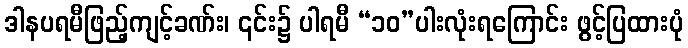
ဒါနပရမီဖြည့်ကျင့်ခဏ်း၊ ၎င်း၌ ပါရမီ “၁၀”ပါးလုံးရကြောင်း ဖွင့်ပြထားပုံ